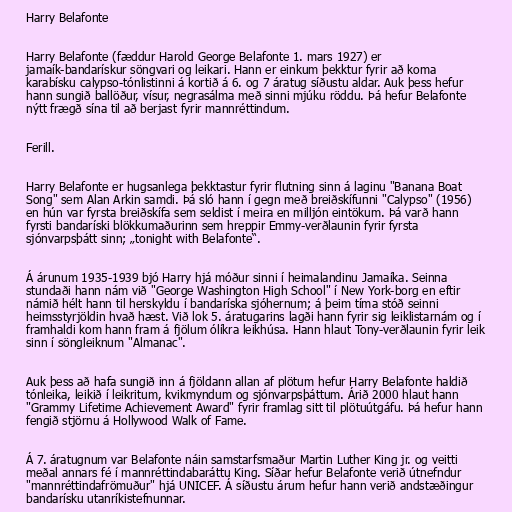
Harry Belafonte

Harry Belafonte (fæddur Harold George Belafonte 1. mars 1927) er
jamaík-bandarískur söngvari og leikari. Hann er einkum þekktur fyrir að koma
karabísku calypso-tónlistinni á kortið á 6. og 7 áratug síðustu aldar. Auk þess hefur
hann sungið ballöður, vísur, negrasálma með sinni mjúku röddu. Þá hefur Belafonte
nýtt frægð sína til að berjast fyrir mannréttindum.

Ferill.

Harry Belafonte er hugsanlega þekktastur fyrir flutning sinn á laginu "Banana Boat
Song" sem Alan Arkin samdi. Þá sló hann í gegn með breiðskífunni "Calypso" (1956)
en hún var fyrsta breiðskífa sem seldist í meira en milljón eintökum. Þá varð hann
fyrsti bandaríski blökkumaðurinn sem hreppir Emmy-verðlaunin fyrir fyrsta
sjónvarpsþátt sinn; „tonight with Belafonte“.

Á árunum 1935-1939 bjó Harry hjá móður sinni í heimalandinu Jamaíka. Seinna
stundaði hann nám við "George Washington High School" í New York-borg en eftir
námið hélt hann til herskyldu í bandaríska sjóhernum; á þeim tíma stóð seinni
heimsstyrjöldin hvað hæst. Við lok 5. áratugarins lagði hann fyrir sig leiklistarnám og í
framhaldi kom hann fram á fjölum ólíkra leikhúsa. Hann hlaut Tony-verðlaunin fyrir leik
sinn í söngleiknum "Almanac".

Auk þess að hafa sungið inn á fjöldann allan af plötum hefur Harry Belafonte haldið
tónleika, leikið í leikritum, kvikmyndum og sjónvarpsþáttum. Árið 2000 hlaut hann
"Grammy Lifetime Achievement Award" fyrir framlag sitt til plötuútgáfu. Þá hefur hann
fengið stjörnu á Hollywood Walk of Fame.

Á 7. áratugnum var Belafonte náin samstarfsmaður Martin Luther King jr. og veitti
meðal annars fé í mannréttindabaráttu King. Síðar hefur Belafonte verið útnefndur
"mannréttindafrömuður" hjá UNICEF. Á síðustu árum hefur hann verið andstæðingur
bandarísku utanríkistefnunnar.